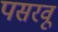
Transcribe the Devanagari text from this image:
पसरवू